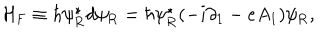
LaTeX: { \cal H } _ { \mathrm { F } } \equiv \hbar \psi _ { \mathrm { R } } ^ { \star } d \psi _ { \mathrm { R } } = \hbar \psi _ { \mathrm { R } } ^ { \star } ( - i { \partial } _ { 1 } - e A _ { 1 } ) \psi _ { \mathrm { R } } ,